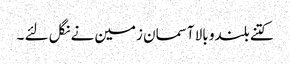
کتنے بلندو بالا آسمان زمین نے نگل لئے ۔